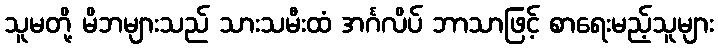
သူမတို့ မိဘများသည် သားသမီးထံ အင်္ဂလိပ် ဘာသာဖြင့် စာရေးမည့်သူများ